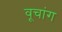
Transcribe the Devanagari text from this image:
वूचांग